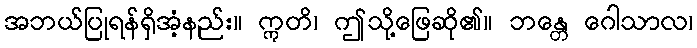
အဘယ်ပြုရန်ရှိအံ့နည်း။ ဣတိ၊ ဤသို့ဖြေဆို၏။ ဘန္တေ ဂေါသာလ၊